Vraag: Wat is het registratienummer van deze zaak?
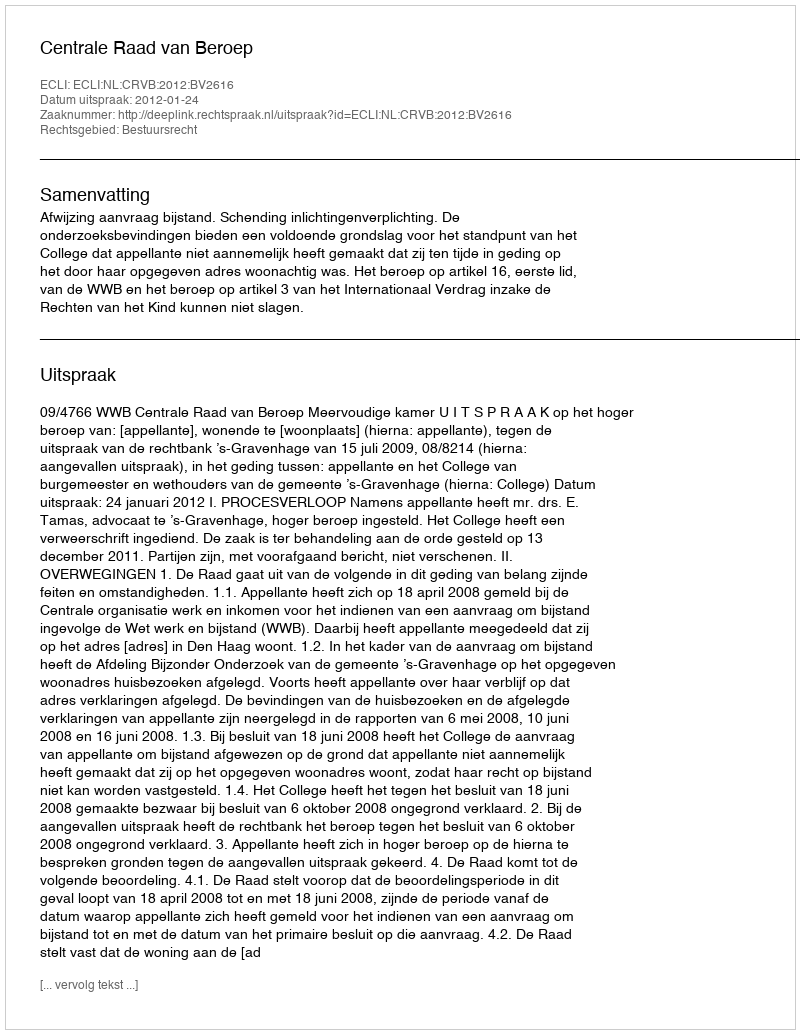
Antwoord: http://deeplink.rechtspraak.nl/uitspraak?id=ECLI:NL:CRVB:2012:BV2616